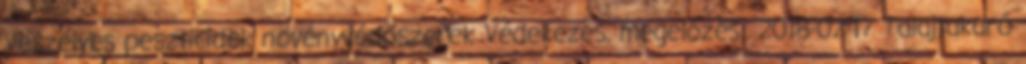
Veszélyes peszticidek növényvédőszerek Védekezés, megelőzés 2018-02-17 Talajtakaró